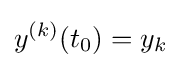
y^{(k)}(t_{0})=y_{k}